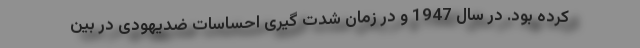
کرده بود. در سال 1947 و در زمان شدت‌ گیری احساسات ضدّیهودی در بین